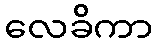
လေခိကာ